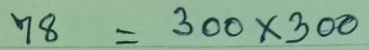
78 = 300 x 300